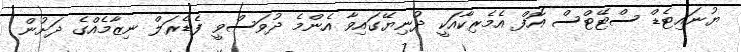
ޔުނައިޓެޑް ސްޓޭޓްސް އޮފް އެމެރިކާއަކީ ދުނިޔޭގައިވާ އެންމެ ދުވަސްވީ ފެޑެރަލް ނިޒާމެއްގެ ދަށުން